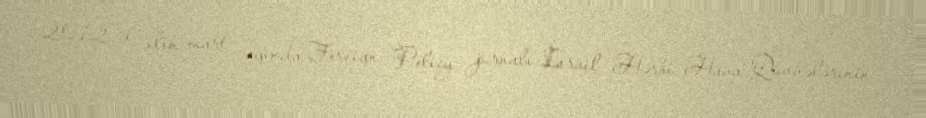
2012-ci ilin mart ayında Foreign Policy jurnalı İsrail Hərbi Hava Qüvvələrinin